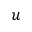
u